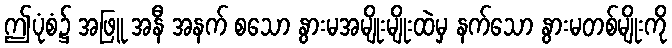
ဤပုံစံ၌ အဖြူ အနီ အနက် စသော နွားမအမျိုးမျိုးထဲမှ နက်သော နွားမတစ်မျိုးကို